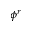
\phi ^ { r }